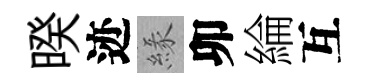
暌迹緣卯綸互